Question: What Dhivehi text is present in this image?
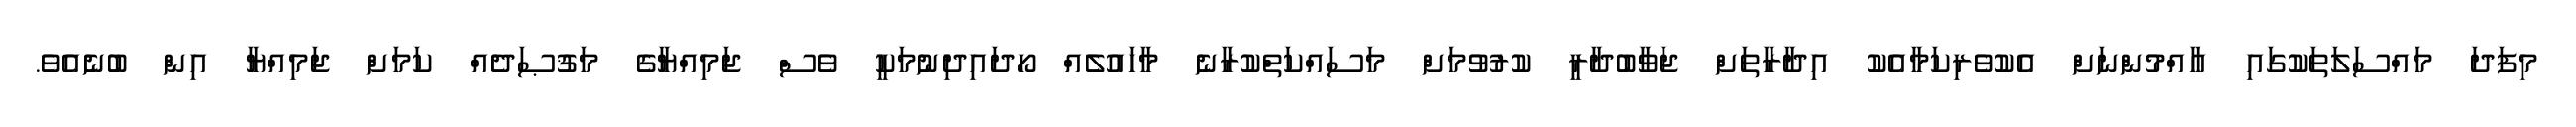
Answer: މިފަދަ މައްސަލަތަކުގައި އާއްމުންނަށް އެކުވެރިކަމާއެކު އިދާރާތަށް ޖަވާބުދާރީ ކުރުވުމަށް މަސައްކަތްކުރާނެ މާހައުލެއް ހޯދައިދިނުމަކީ ވެސް ޖަމިއްޔާގެ މަޤުޞަދެއް ކަމަށް ޖަމިއްޔާ އިން ބުނެއެވެ.